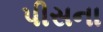
પીસના